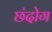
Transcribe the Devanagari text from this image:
छंदोग